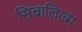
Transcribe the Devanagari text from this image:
सिंबालिज्म